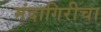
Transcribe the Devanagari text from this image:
मंदागिरीचा